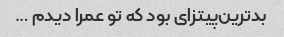
بدترین‌پیتزای بود که تو عمرا دیدم …